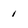
Character: 1